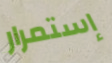
إستمرار